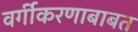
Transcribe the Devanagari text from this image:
वर्गीकरणाबाबत